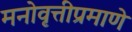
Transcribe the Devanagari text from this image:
मनोवृत्तीप्रमाणे